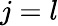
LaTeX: j=l